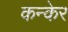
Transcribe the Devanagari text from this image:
कन्केर